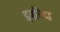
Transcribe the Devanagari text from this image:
इबतिदा